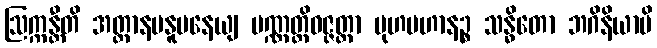
ဩက္ကန္တီတိ အတ္တာနမနူပနေယျ ပဏ္ဏတ္တိဝဇ္ဇတ္တာ မုဟဗဟာနဉ္စ သန္ဓိတော ဘဂိနိယာပိ